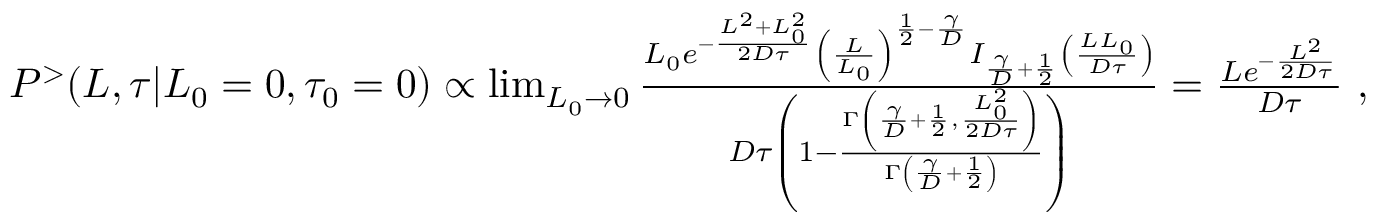
\begin{array} { r } { P ^ { > } ( L , \tau | L _ { 0 } = 0 , \tau _ { 0 } = 0 ) \propto \operatorname* { l i m } _ { L _ { 0 } \to 0 } \frac { L _ { 0 } e ^ { - \frac { L ^ { 2 } + L _ { 0 } ^ { 2 } } { 2 D \tau } } \left( \frac { L } { L _ { 0 } } \right) ^ { \frac { 1 } { 2 } - \frac { \gamma } { D } } I _ { \frac { \gamma } { D } + \frac { 1 } { 2 } } \left( \frac { L L _ { 0 } } { D \tau } \right) } { D \tau \left( 1 - \frac { \Gamma \left( \frac { \gamma } { D } + \frac { 1 } { 2 } , \frac { L _ { 0 } ^ { 2 } } { 2 D \tau } \right) } { \Gamma \left( \frac { \gamma } { D } + \frac { 1 } { 2 } \right) } \right) } = \frac { L e ^ { - \frac { L ^ { 2 } } { 2 D \tau } } } { D \tau } \ , } \end{array}